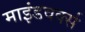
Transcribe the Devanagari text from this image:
माइंडवर्क्स